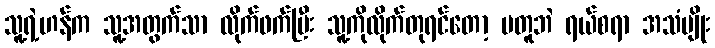
သူ့ရဲ့ဟန်က သူ့အတွက်သာ လိုက်ဖက်ပြီး သူ့ကိုလိုက်တုရင်တော့ မတူဘဲ ရယ်စရာ အသံမျိုး